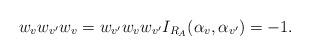
LaTeX: \begin{align*}w_{v}w_{v'}w_{v}=w_{v'}w_{v}w_{v'}I_{{R}_A}({\alpha}_{v}, {\alpha}_{v'})= -1.\end{align*}